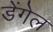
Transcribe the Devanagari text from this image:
डेंगेल